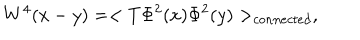
W ^ { 4 } ( x - y ) = < T \Phi ^ { 2 } ( x ) \Phi ^ { 2 } ( y ) > _ { c o n n e c t e d } ,